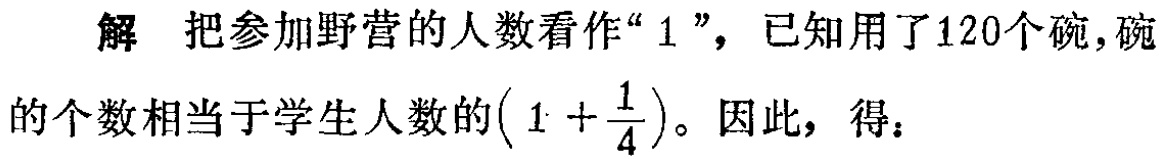
解 把参加野营的人数看作“$1$”，已知用了120个碗,碗的个数相当于学生人数的$\left(1 + \dfrac{1}{4}\right)$。因此，得：